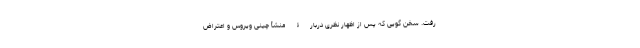
رفت. سخن گویی که پس از اظهار نظری دربارۀ منشأ چینی ویروس و اعتراض